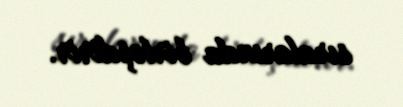
sıralarında birləşdirir.